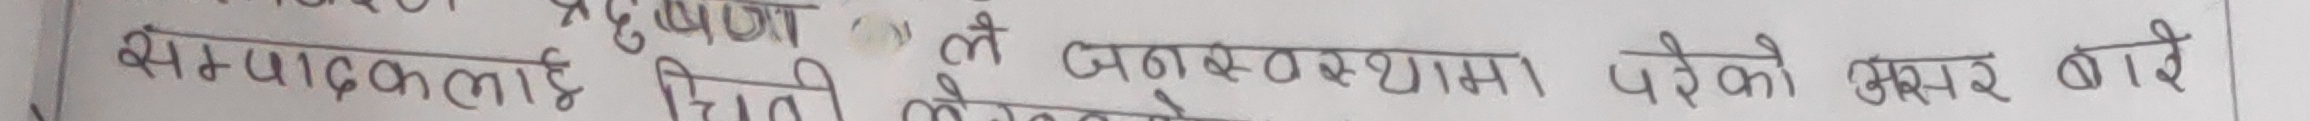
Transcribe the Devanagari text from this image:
सम्पादकलाई चिठी लेख्ने जनसङ्ख्या पर को असर बारे